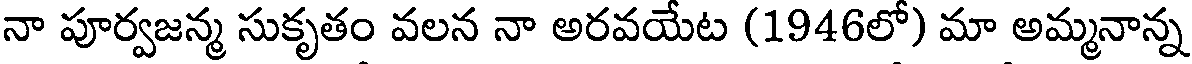
నా పూర్వజన్మ సుకృతం వలన నా అరవయేట (1946లో) మా అమ్మనాన్న